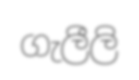
ගැලීලි